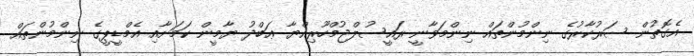
އެގޮތުން ސަރުކާރުގެ ނިންމުންތައް ނިންމަވާނީ ރައީސުލްޖުމްހޫރިއްޔާ ޢަބްދު ޔާމީން ކަމަށާއި އެމްޑީޕީގެ ނިންމުންތައް